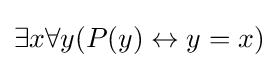
\exists x\forall y(P(y)\leftrightarrow y=x)